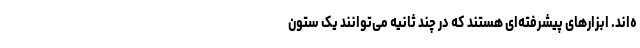
ه‌اند. ابزارهای پیشرفته‌ای هستند که در چند ثانیه می‌توانند یک ستون